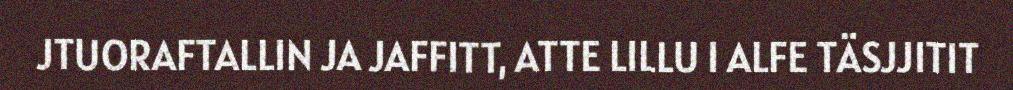
JTUORAFTALLIN JA JAFFITT, ATTE LILLU I ALFE TÄSJJITIT